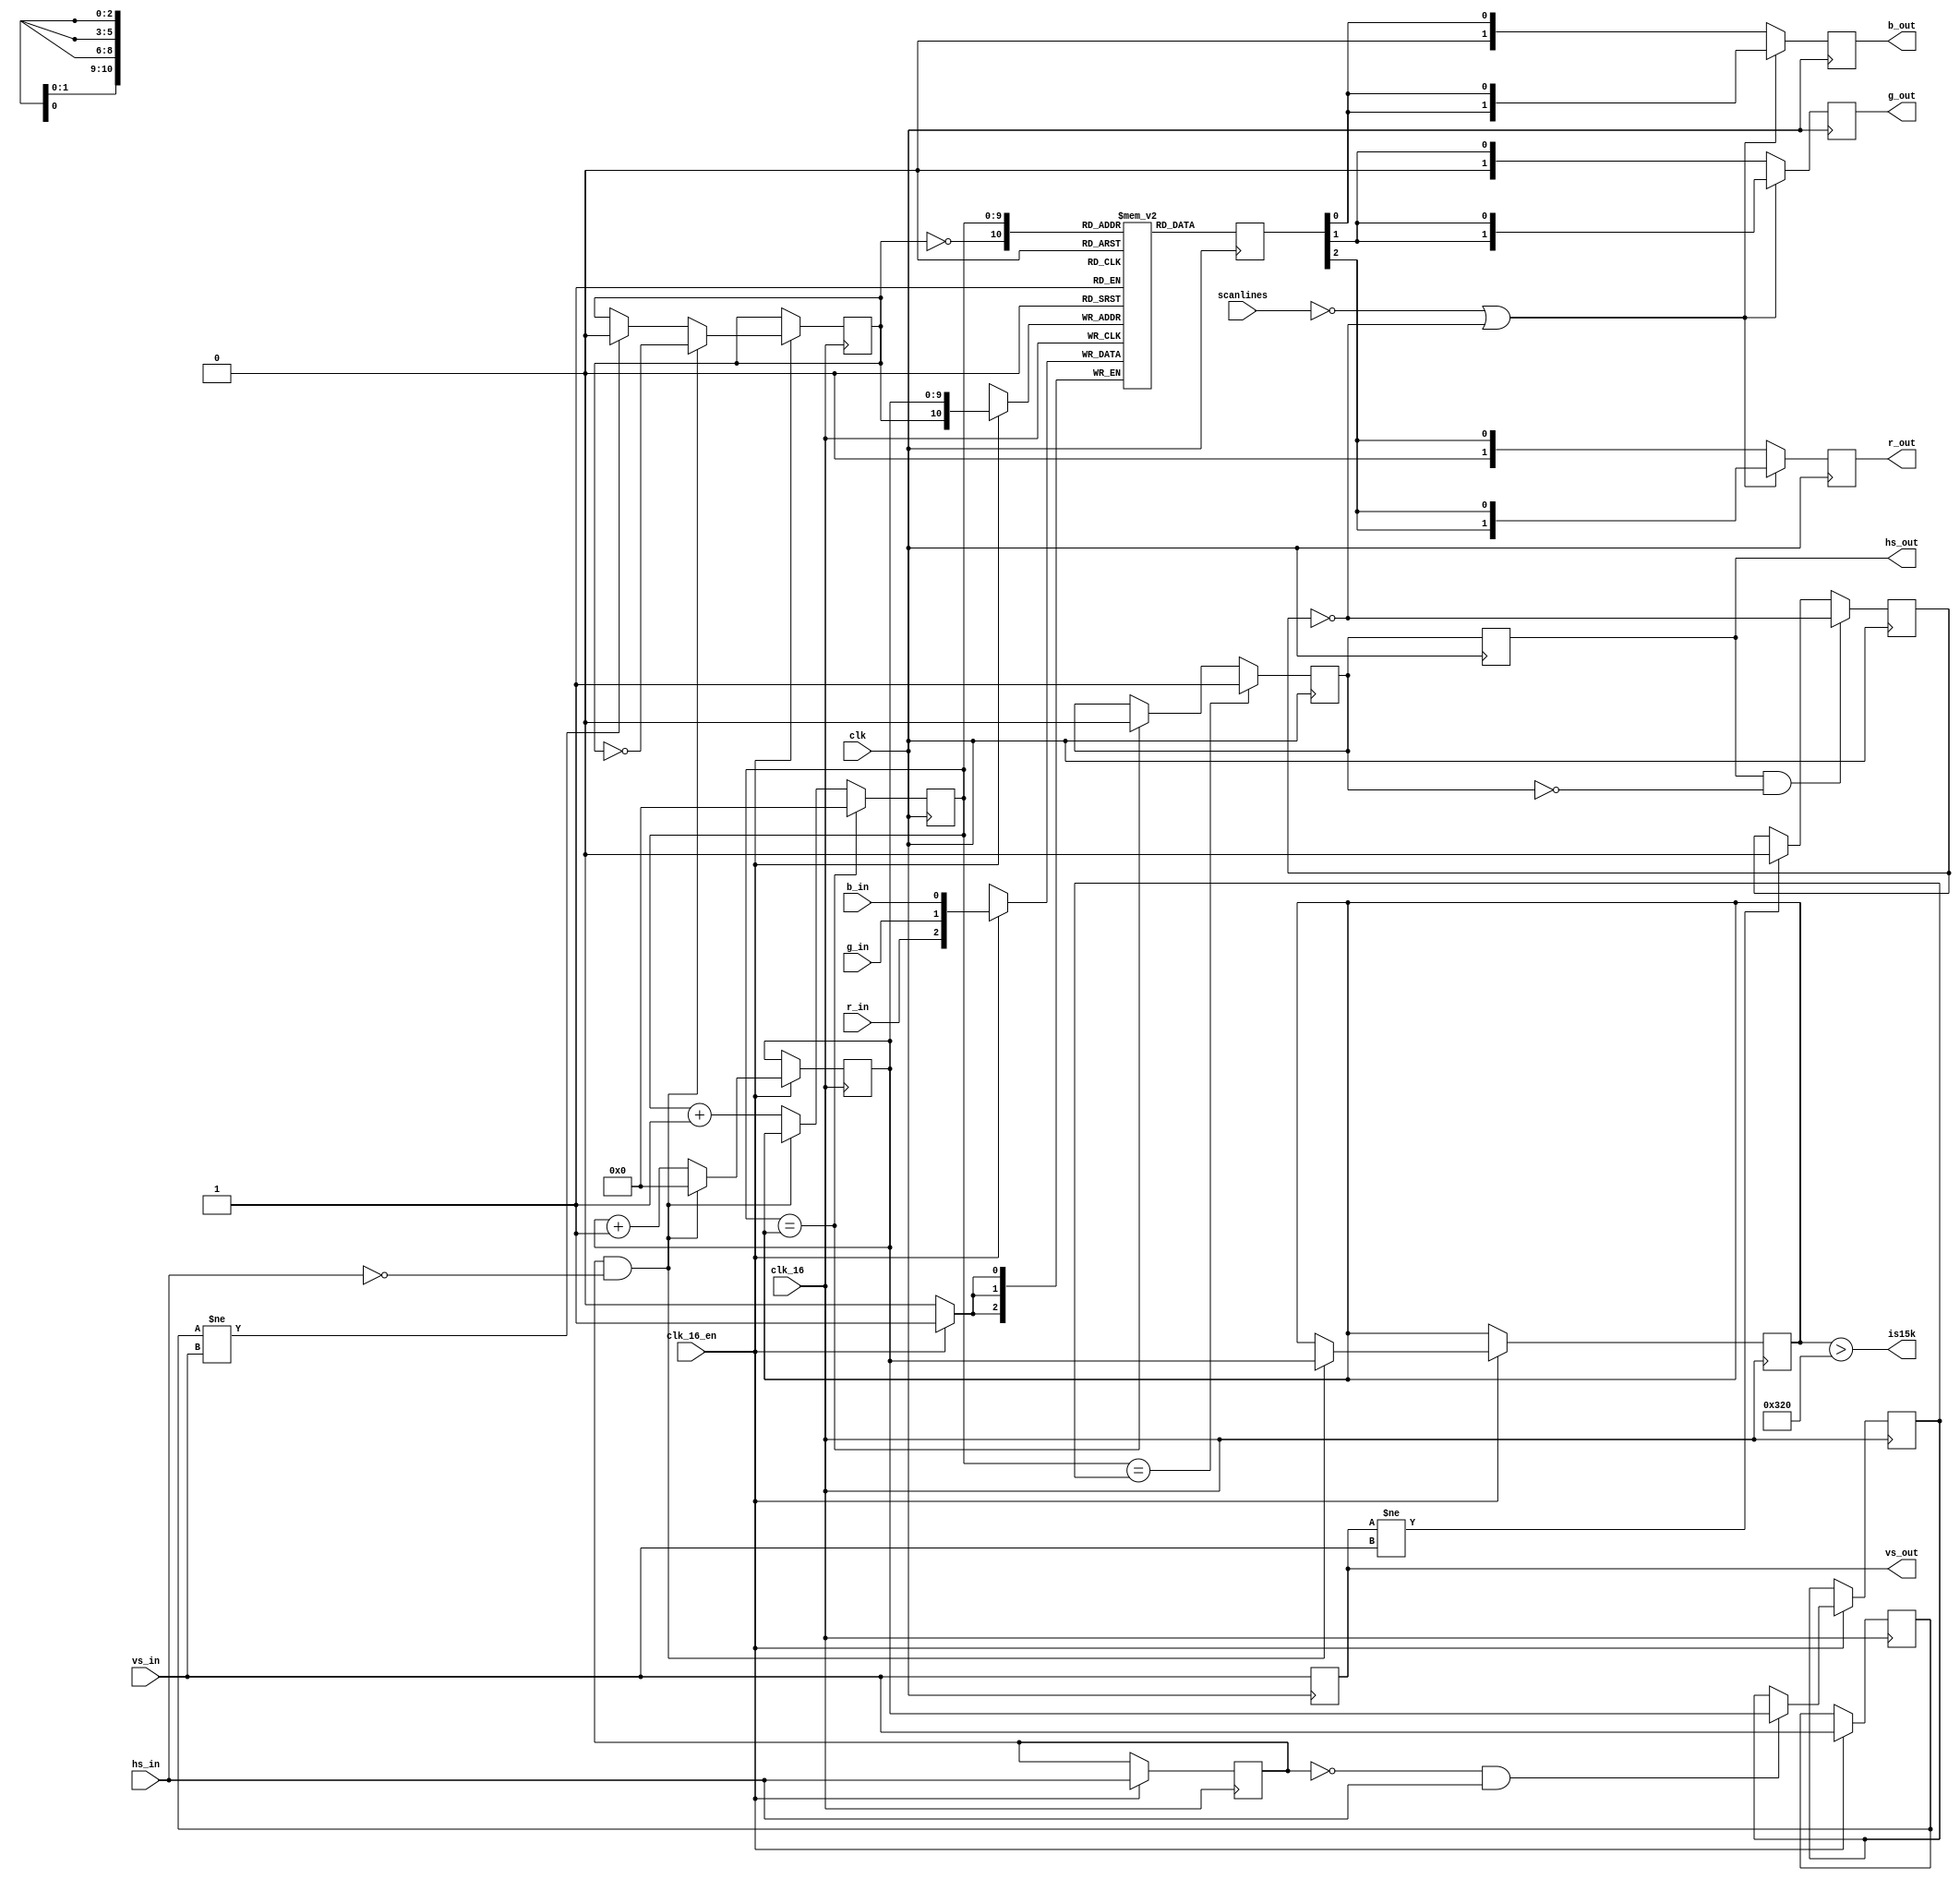
module mist_scandoubler (
  // system interface
  input 	   clk,     // 31.875 MHz
  input        clk_16,  // from shifter
  input		   clk_16_en,
  input        scanlines,
  
  // shifter video interface
  input 	   hs_in,
  input 	   vs_in,
  input  	r_in,
  input  	g_in,
  input  	b_in,

  // output interface
  output reg      hs_out,
  output reg 	   vs_out,
  output reg [1:0] r_out,
  output reg [1:0] g_out,
  output reg [1:0] b_out,

  output 	   is15k
);

// scan doubler output register
reg [2:0]  sd_out;

// --------------------- create output signals -----------------
// latch everything once more to make it glitch free and apply scanline effect
reg scanline;

always @(posedge clk) begin
   hs_out <= hs_sd;
   vs_out <= vs_in;

   // reset scanlines at every new screen
   if(vs_out != vs_in)
     scanline <= 1'b0;
   
    // toggle scanlines at begin of every hsync
    if(hs_out && !hs_sd)
         scanline <= !scanline;

    // if no scanlines or not a scanline
	 if(!scanlines || !scanline) begin
		r_out <= { sd_out[2], sd_out[2] };
		g_out <= { sd_out[1], sd_out[1] };
		b_out <= { sd_out[0], sd_out[0] };
	end else begin
		r_out <= { 1'b0, sd_out[2] };
		g_out <= { 1'b0, sd_out[1] };
		b_out <= { 1'b0, sd_out[0] };
	end
end
   

   
// ==================================================================
// ======================== the line buffers ========================
// ==================================================================

// 2 lines of 1024 pixels 3*4 bit RGB
reg [2:0] sd_buffer [2047:0];

// use alternating sd_buffers when storing/reading data   
reg vsD;
reg line_toggle;
always @(negedge clk_16) begin

	if (clk_16_en) begin 
	
   vsD <= vs_in;

   if(vsD != vs_in) 
     line_toggle <= 1'b0;

   // begin of incoming hsync
   if(hsD && !hs_in) 
     line_toggle <= !line_toggle;
	 
	end
end
   
always @(negedge clk_16) begin 

	if (clk_16_en) begin 
	
		sd_buffer[{line_toggle, hcnt}] <= { r_in, g_in, b_in };
	
	end
	
 end
   
// ==================================================================
// =================== horizontal timing analysis ===================
// ==================================================================

// signal detection of 15khz if hsync frequency is less than 20KHz
assign is15k = hs_max > (16000000/20000);

// total hsync time (in 16MHz cycles), hs_total reaches 1024
reg [9:0] hs_max;
reg [9:0] hs_rise;
reg [9:0] hcnt;
reg hsD;
   
always @(negedge clk_16) begin

   if (clk_16_en) begin 
   
	   hsD <= hs_in;

	   // falling edge of hsync indicates start of line
	   if(hsD && !hs_in) begin
		  hs_max <= hcnt;
		  hcnt <= 10'd0;
	   end else
		 hcnt <= hcnt + 10'd1;

	   // save position of rising edge
	   if(!hsD && hs_in)
		 hs_rise <= hcnt;
	 
	end
end
   
// ==================================================================
// ==================== output timing generation ====================
// ==================================================================

reg [9:0] sd_hcnt;
reg hs_sd;

// timing generation runs 32 MHz (twice the input signal analysis speed)
always @(posedge clk) begin

   // output counter synchronous to input and at twice the rate
   sd_hcnt <= sd_hcnt + 10'd1;
   if(hsD && !hs_in)     sd_hcnt <= hs_max;
   if(sd_hcnt == hs_max) sd_hcnt <= 10'd0;

   // replicate horizontal sync at twice the speed
   if(sd_hcnt == hs_max)  hs_sd <= 1'b0;
   if(sd_hcnt == hs_rise) hs_sd <= 1'b1;

   // read data from line sd_buffer
   sd_out <= sd_buffer[{~line_toggle, sd_hcnt}];
end
   
endmodule